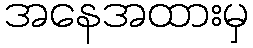
အနေအထားမှ